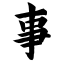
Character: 事